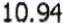
10.94